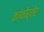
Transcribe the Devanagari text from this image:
कांफोर्मेर